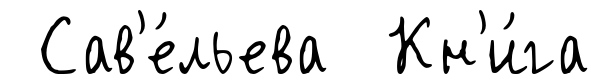
Сав'е́льева Кн'и́га